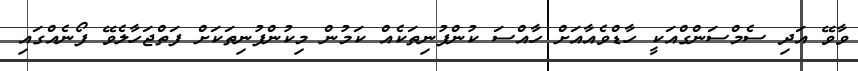
ވާވޭ އަދި ސެމްސަންގްއަކީ ހާޑްވެއާއަށް ހާއްސަ ކުންފުނިތަކެއް ކަމުން މިކުންފުނިތަކަށް ފަތްޖަހާލެވޭ ފޯނެއްގައި